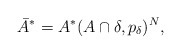
\begin{align*}\bar A^* = A^*(A\cap\delta, p_\delta)^N,\end{align*}